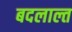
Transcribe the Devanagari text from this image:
बदलाल्त